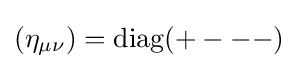
(\eta _{\mu \nu })={\text{diag}}(+---)